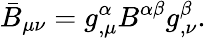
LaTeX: \bar{B}_{\mu\nu}=g_{,\mu}^{\alpha}B^{\alpha\beta}g_{,\nu}^{\beta}.